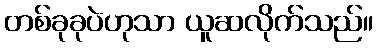
တစ်ခုခုပဲဟုသာ ယူဆလိုက်သည်။